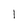
Character: l